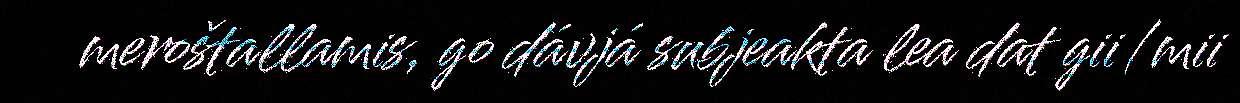
meroštallamis, go dávjá subjeakta lea dat gii/mii